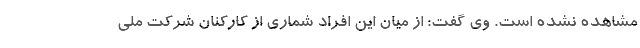
مشاهده نشده است. وی گفت: از میان این افراد شماری از کارکنان شرکت ملی